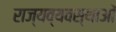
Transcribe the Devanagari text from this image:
राज्यव्यवस्थाओं